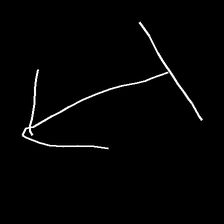
Glyph: levitation